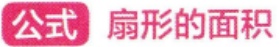
公式 扇形的面积